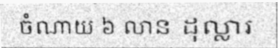
ចំណាយ ៦ លាន ដុល្លារ